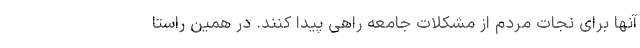
آنها برای نجات مردم از مشکلات جامعه راهی پیدا کنند. در همین راستا